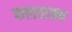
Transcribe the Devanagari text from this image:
फलवाक्य